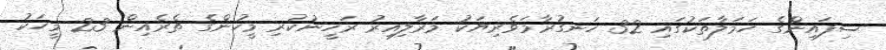
ސިފައިންގެ ހަމަލާތަކުގައި 32 ހަނގުރާމަވެރިޔަކު މަރާލިއިރު ރަހީނުކުރި މީހުންގެ ތެރެއިން 23 މީހަކު